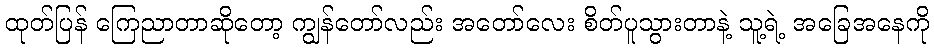
ထုတ်ပြန် ကြေညာတာဆိုတော့ ကျွန်တော်လည်း အတော်လေး စိတ်ပူသွားတာနဲ့ သူ့ရဲ့ အခြေအနေကို